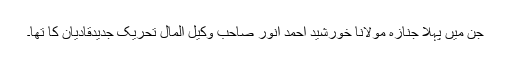
جن میں پہلا جنازہ مولانا خورشید احمد انور صاحب وکیل المال تحریک جدیدقادیان کا تھا۔